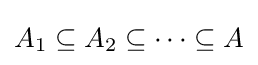
A_{1}\subseteq A_{2}\subseteq \cdots \subseteq A